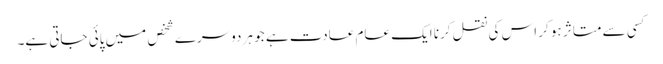
﻿کسی سے متاثر ہو کر اس کی نقل کرنا ایک عام عادت ہے جو ہر دوسرے شخص میں پائی جاتی ہے۔